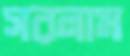
সরলাম